Riigikantselei, lk 2
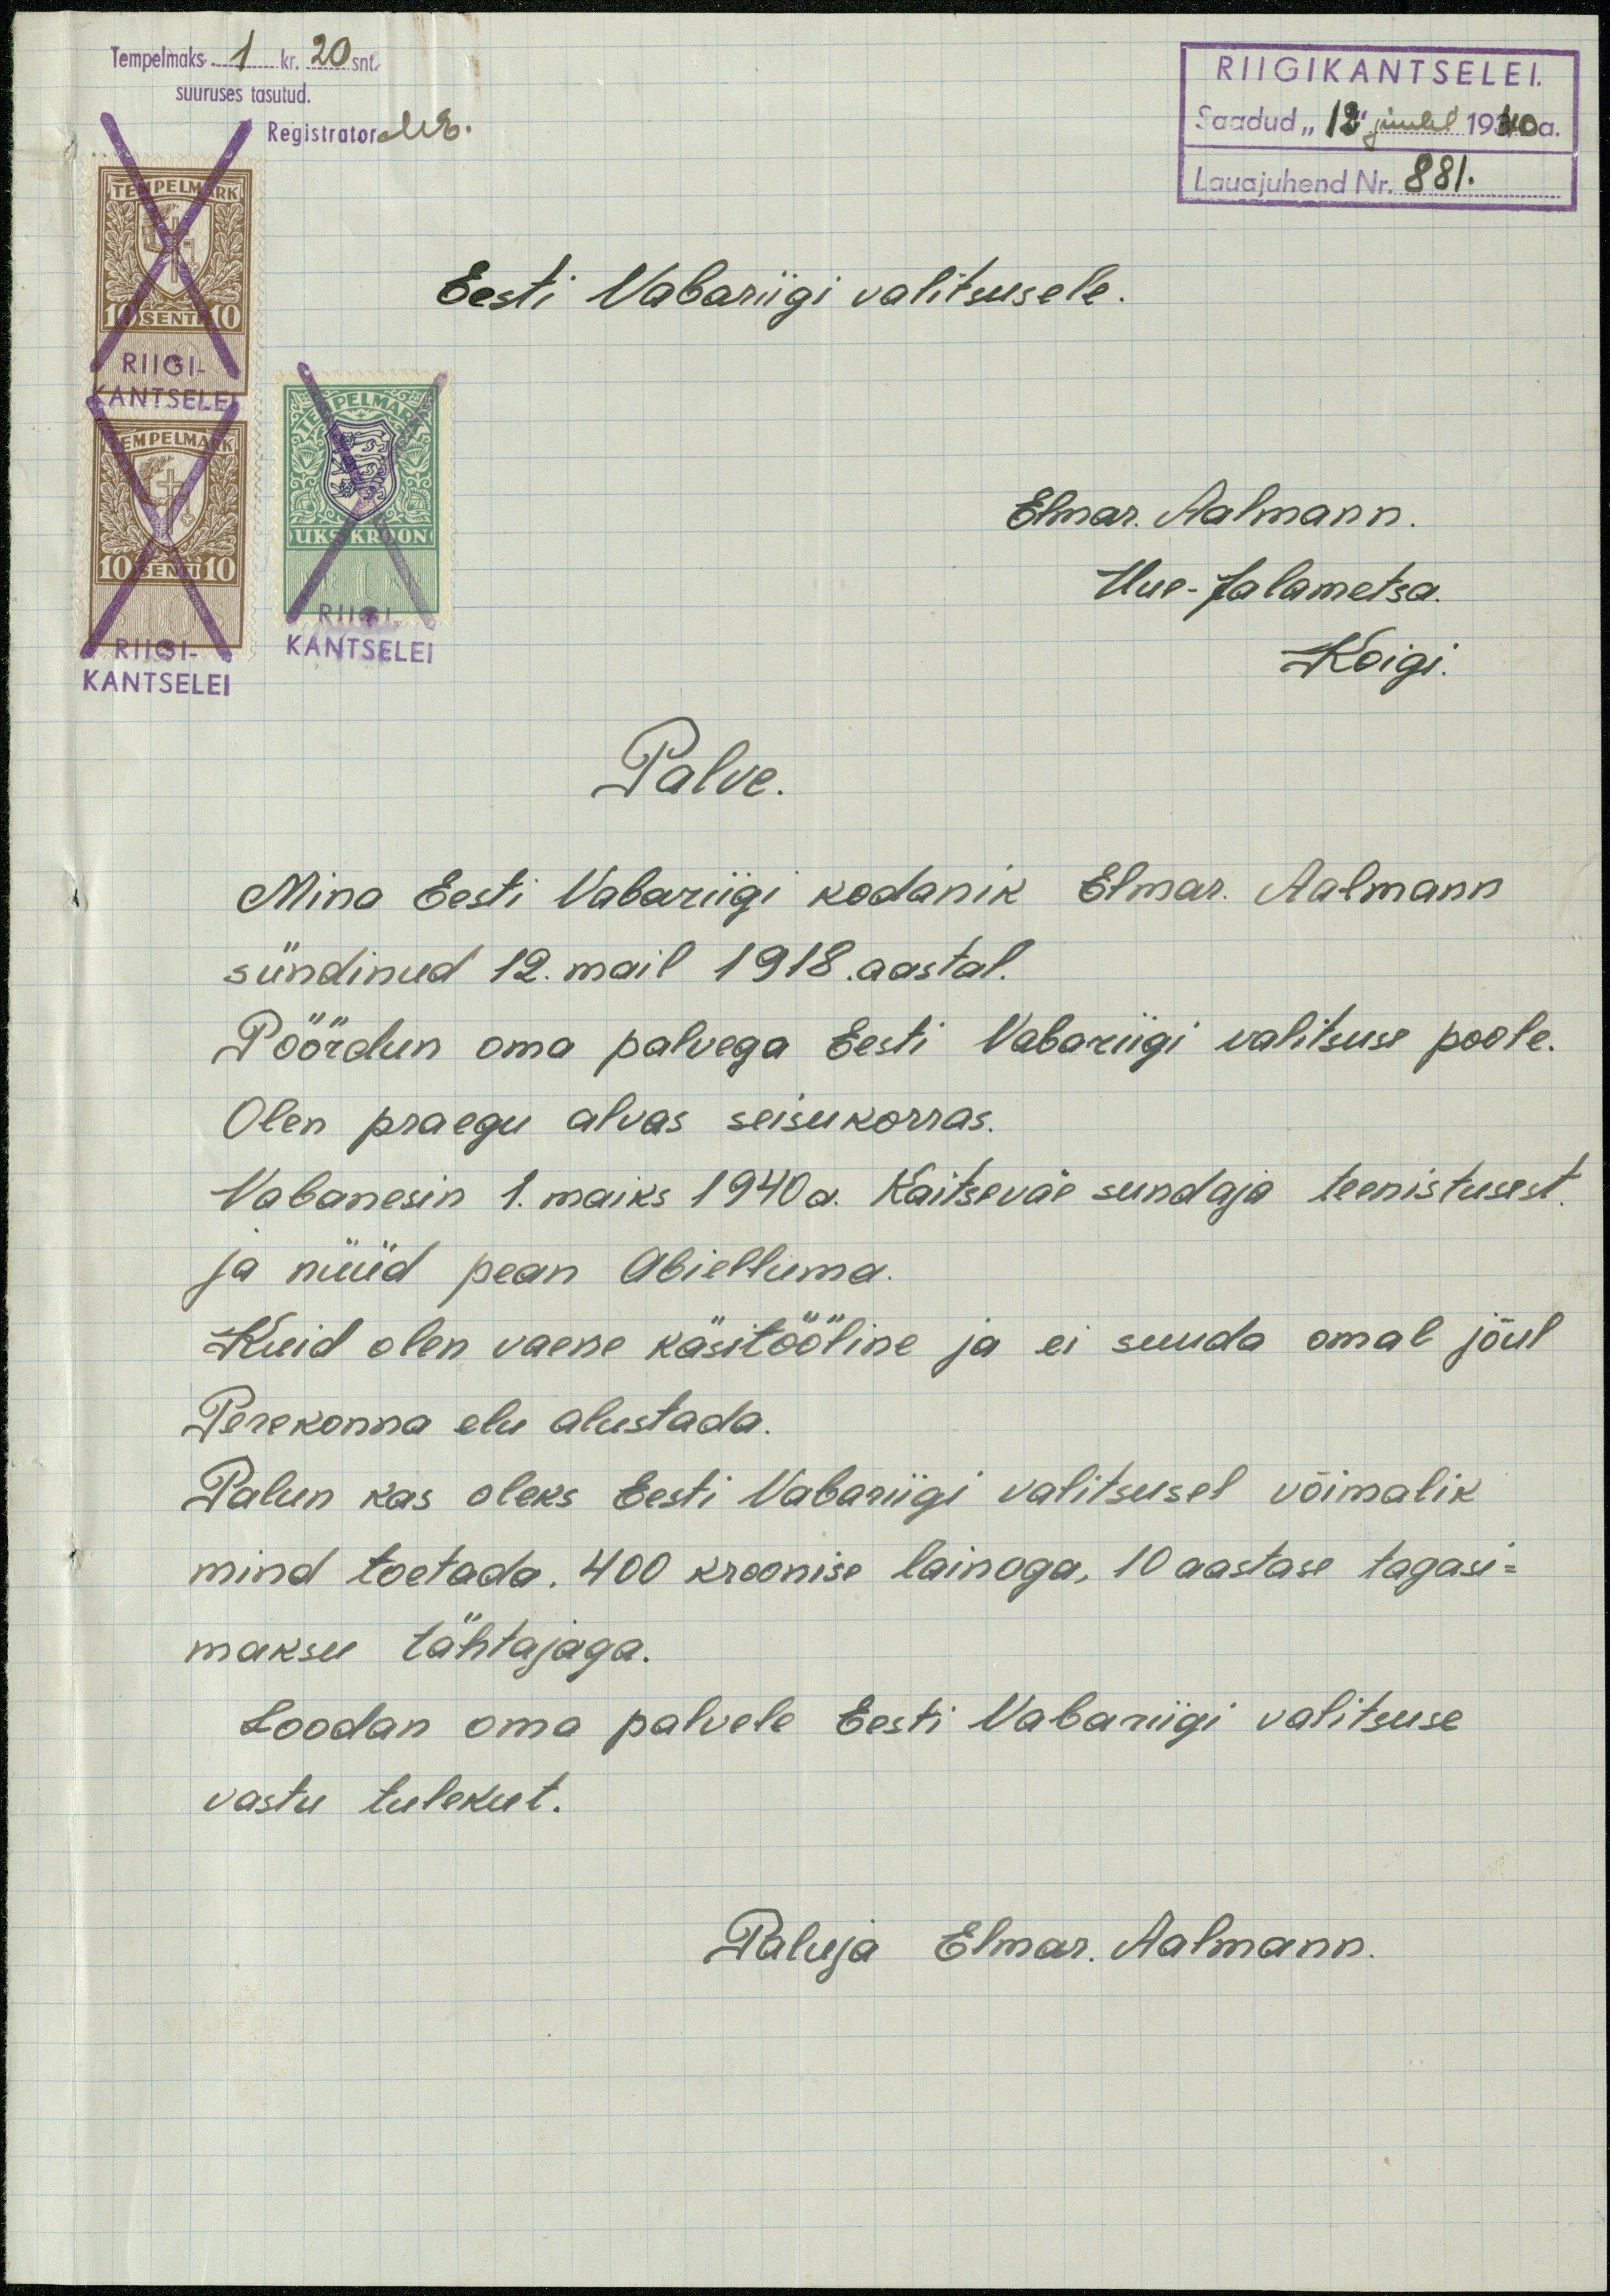
RIIGIKANTSELEI.
Saadud "12" juulil 1940 a.
Lauajuhend Nr. 881.
Tempelmaks 1 kr. 20 s.
suuruses tasutud.
Registrator. ME.
RIIGI- KANTSELEI
KANTSELEI
Eesti Vabariigi valitsusele.
Elmar. Aalmann.
Uue-Jalametsa.
Koigi
Palve.
Mina Eesti Vabariigi kodanik Elmar Aalmann
sündinud 12.mail 1918. aastal.
Pöördun oma palvega Eesti Vabariigi valitsuse poole.
Olen praegu alvas seisukorras.
Vabanesin 1. maiks 1940 a. Kaitseväe sundaja teenistusest
ja nüüd pean abielluma.
Kuid olen vaene käsitööline ja ei suuda omal jõul
Perekonna elu alustada.
Palun kas oleks Eesti Vabariigi valitsusel võimalik
mind toetada. 400 kroonise lainoga, 10 aastase tagasi-
maksu tähtajaga.
Loodan oma palvele Eesti Vabariigi valitsuse
vastu tulekut.
Paluja Elmar Aalmann.